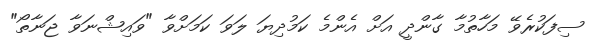
ސިފަކުރެވޭ މަހާތުމާ ގާންދީ އަށް އެންމެ ކަމުދިޔަ ލަވަ ކަމަށްވާ "ވައިޝްނަވާ ޖަނާތޯ"